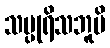
သပ္ပုရိသဘူမိ